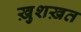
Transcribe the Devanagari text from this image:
ख़ुशख़त